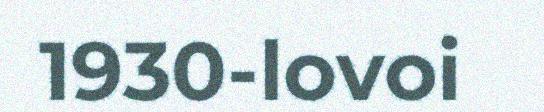
1930-lovoi